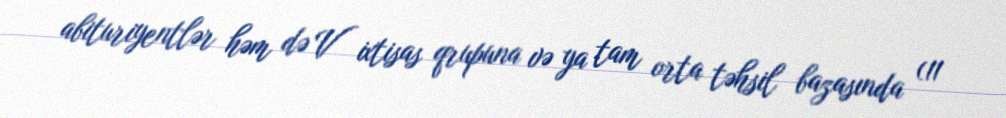
abituriyentlər həm də V ixtisas qrupuna və ya tam orta təhsil bazasında (11